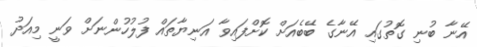
އޭނާ ބުނި ގޮތުގައި އޭނާގެ ބޭބެއަށް ކޮށްފައިވާ އަނިޔާތައް ފުލުހުންނަށް ވަނީ މިއަދު